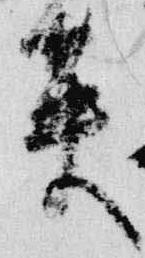
英